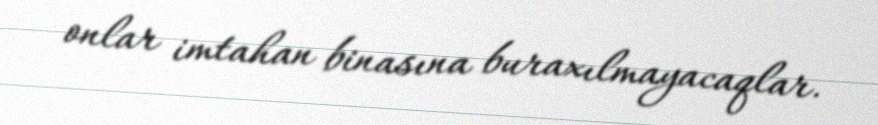
onlar imtahan binasına buraxılmayacaqlar.